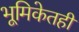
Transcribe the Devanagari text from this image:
भूमिकेतही